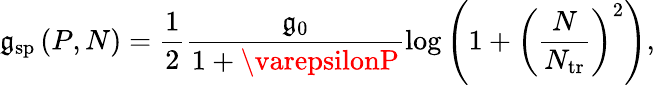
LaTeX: \mathfrak{g}_{\mathrm{{sp}}}\left(P,N\right)=\frac{{1}}{{2}}\frac{{\mathfrak{g}_{0}}}{{1+\varepsilonP}}\log\left(1+\left(\frac{{N}}{{N_{\mathrm{{tr}}}}}\right)^{2}\right),